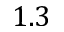
1 . 3